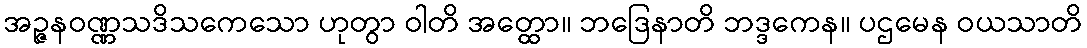
အဉ္ဇနဝဏ္ဏသဒိသကေသော ဟုတွာ ဝါတိ အတ္ထော။ ဘဒြေနာတိ ဘဒ္ဒကေန။ ပဌမေန ဝယသာတိ